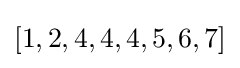
[1,2,4,4,4,5,6,7]